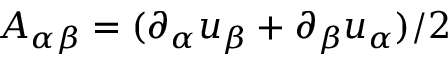
A _ { \alpha \beta } = ( \partial _ { \alpha } u _ { \beta } + \partial _ { \beta } u _ { \alpha } ) / 2